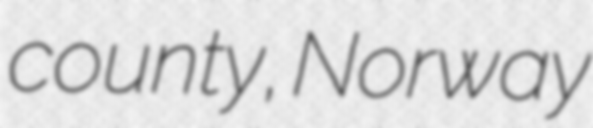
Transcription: county, Norway